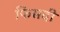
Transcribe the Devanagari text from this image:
फिसदी